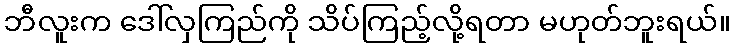
ဘီလူးက ဒေါ်လှကြည်ကို သိပ်ကြည့်လို့ရတာ မဟုတ်ဘူးရယ်။